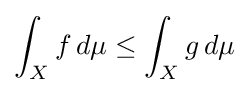
\int _{X}f\,d\mu \leq \int _{X}g\,d\mu